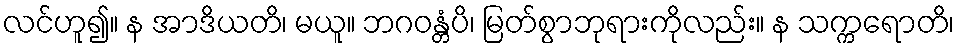
လင်ဟူ၍။ န အာဒိယတိ၊ မယူ။ ဘဂဝန္တံပိ၊ မြတ်စွာဘုရားကိုလည်း။ န သက္ကရောတိ၊